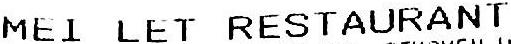
MEI LET RESTAURANT